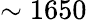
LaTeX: \sim 1650